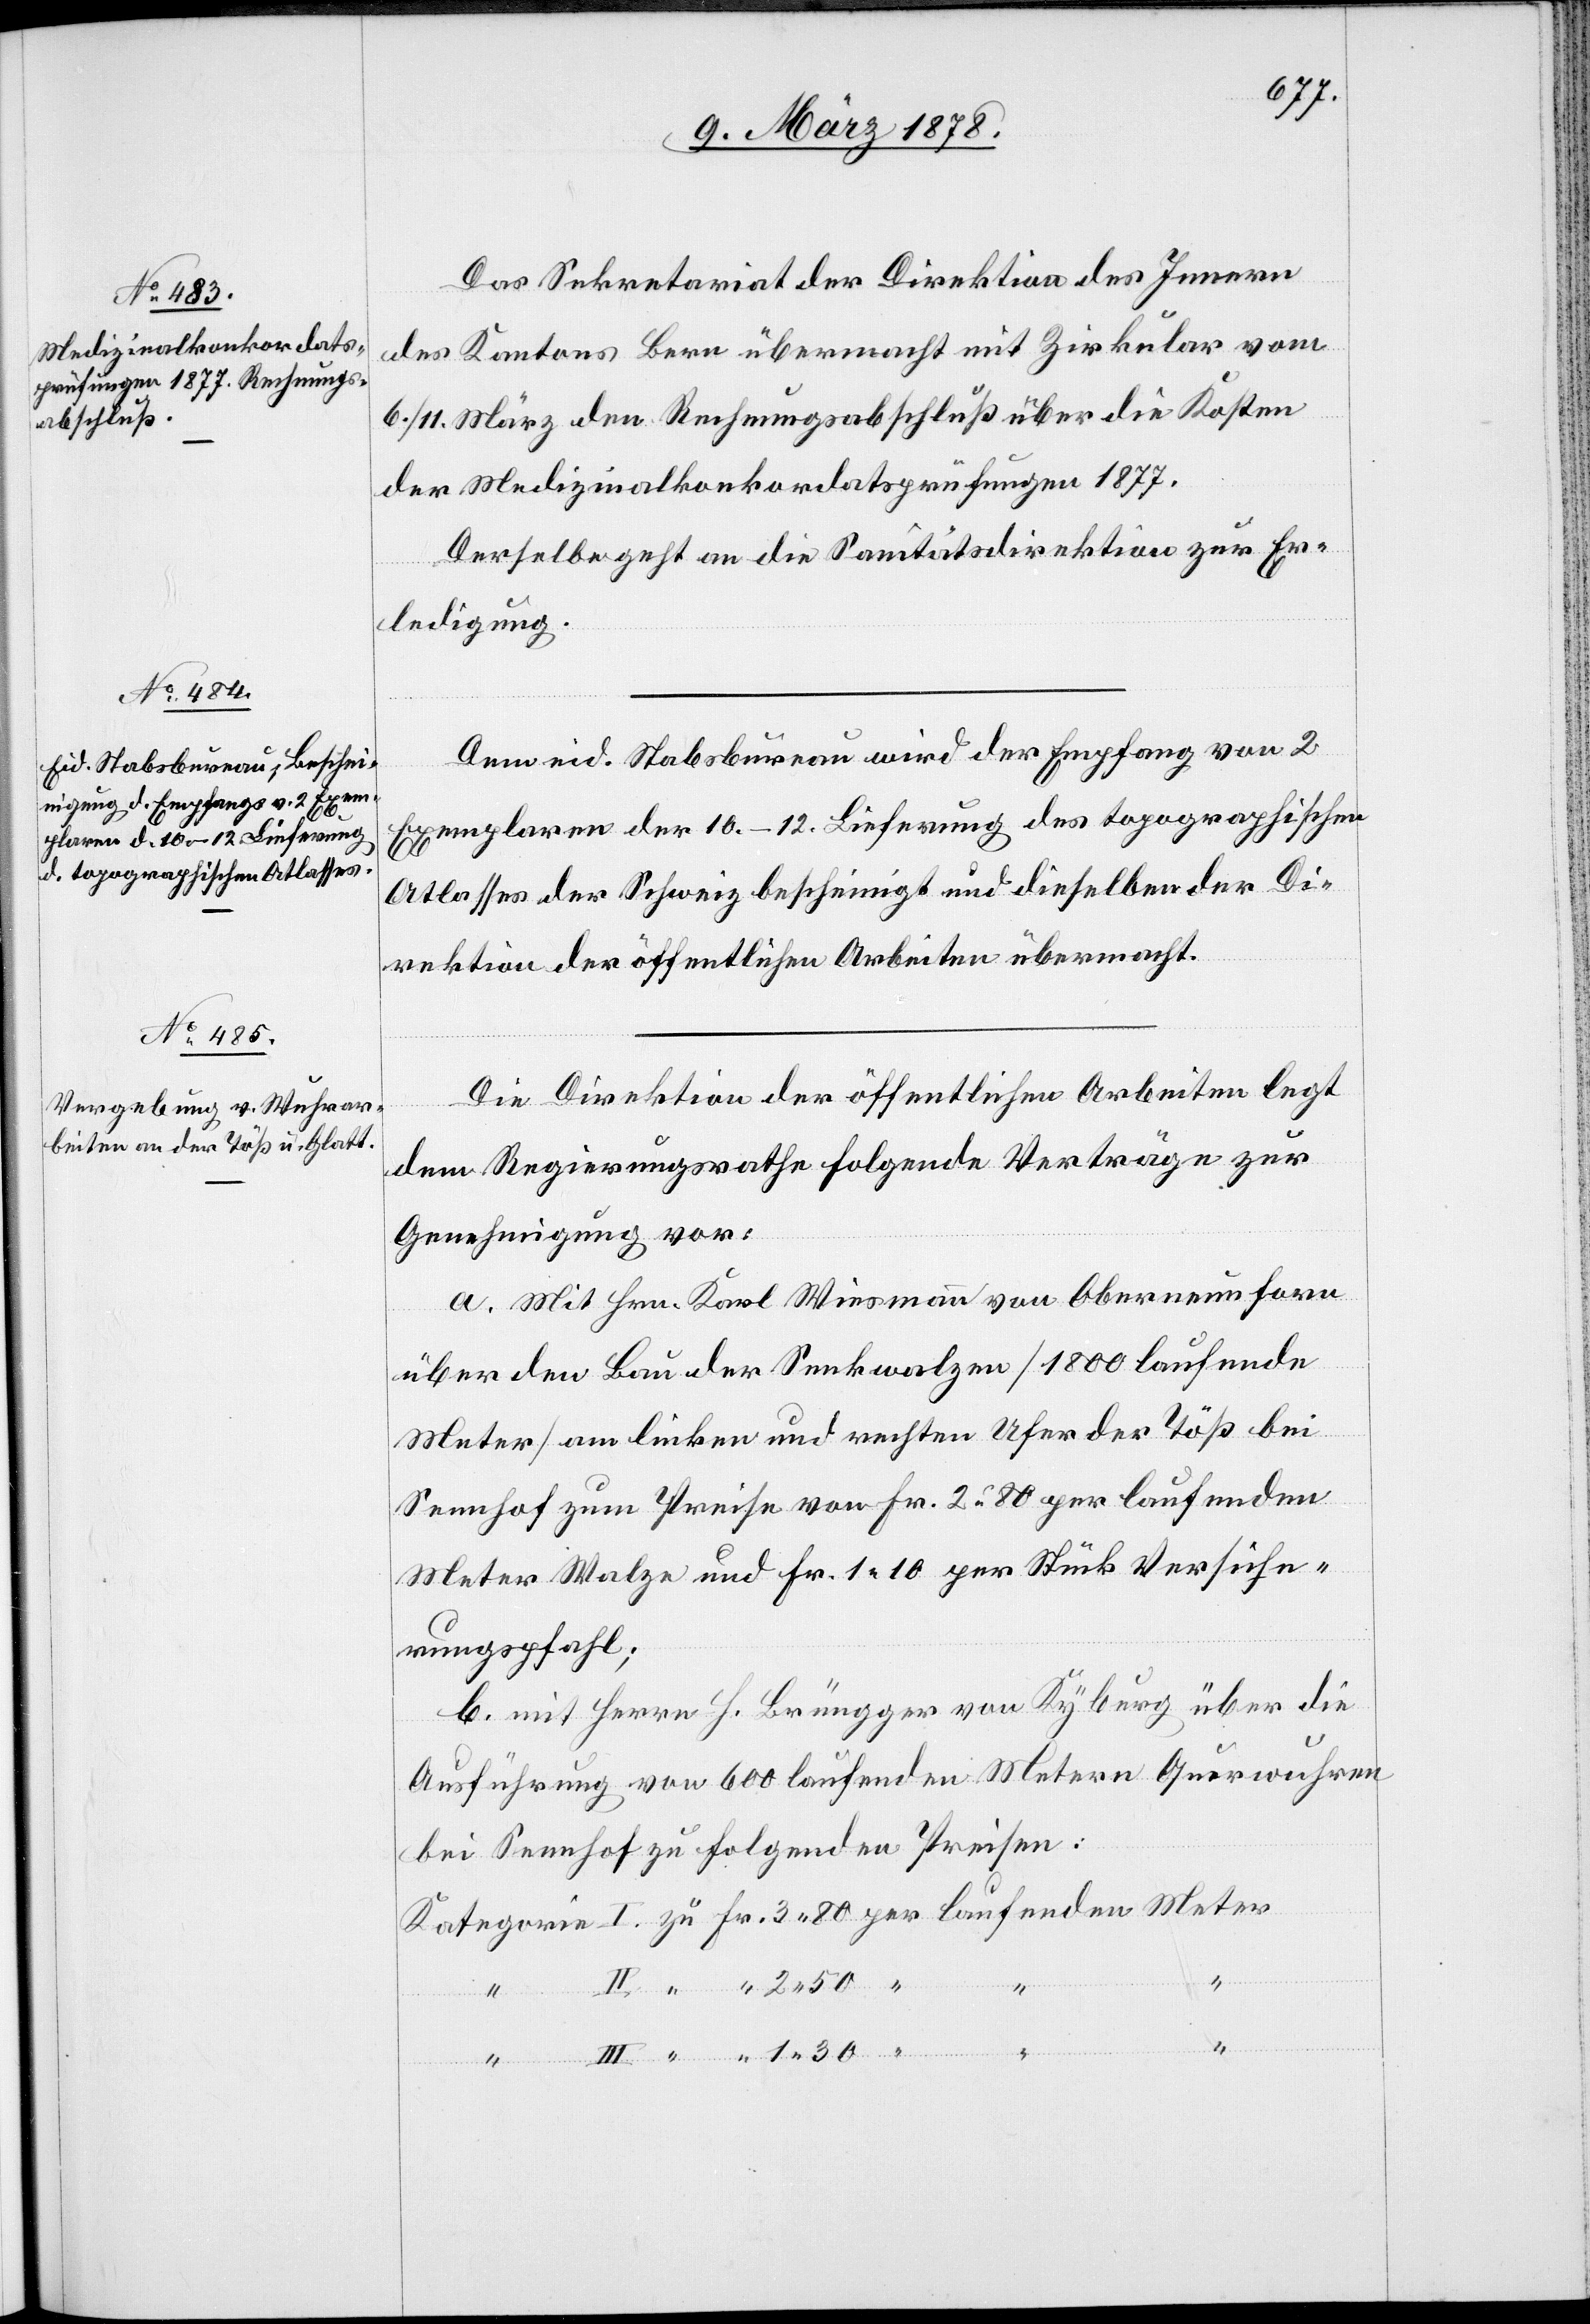
12. März 1878.]
Das Sekretariat der Direktion des Innern
des Kantons Bern übermacht mit Zirkular vom
6. / 11. März den Rechnungsabschluß über die Kosten
der Medizinalkonkordatsprüfungen 1877.
Derselbe geht an die Sanitätsdirektion zur Er¬
Meter
ledigung.
Dem eid. Stabsbureau wird der Empfang von 2
Exemplaren der 10.–12. Lieferung des topographischen
Atlasses der Schweiz bescheinigt und dieselben der Di¬
rektion der öffentlichen Arbeiten übermacht.
Die Direktion der öffentlichen Arbeiten legt
dem Regierungsrathe folgende Verträge zur
Genehmigung vor:
a. Mit Hrn. Karl Wiesmann von Oberneunforn
über den Bau der Senkwalze (1800 laufende
Meter) am linken und rechten Ufer der Töß bei
Sennhof zum Preise von Fr. 2. 80 per laufenden
Meter Walze und Fr. 1. 10 per Stück Versiche¬
rungspfahl;
b. mit Herrn H. Brügger von Kyburg über die
Ausführung von 600 laufenden Metern Querwuhren
bei Sennhof zu folgenden Preisen:
1.